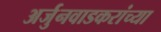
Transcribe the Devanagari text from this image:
अर्जुनवाडकरांच्या